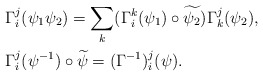
\begin{align*}\begin{aligned}&\Gamma_i^j (\psi_1\psi_2)= \sum_{k} (\Gamma_{i}^{k} (\psi_1) \circ \widetilde{\psi_2} )\Gamma_{k}^{j} (\psi_2) , \\&\Gamma_i^j (\psi^{-1}) \circ \widetilde{\psi} =(\Gamma^{-1} )_{i}^{j} (\psi).\end{aligned}\end{align*}